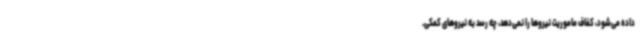
داده می‌شود، کفاف ماموریت نیروها را نمی‌دهد، چه رسد به نیروهای کمکی.